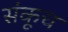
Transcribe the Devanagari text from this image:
संकूच